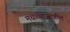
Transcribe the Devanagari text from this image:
मथळ्याजवळील